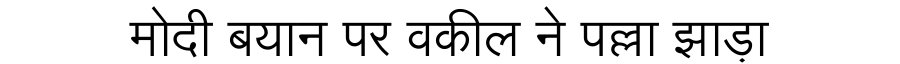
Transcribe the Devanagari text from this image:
मोदी बयान पर वकील ने पल्ला झाड़ा